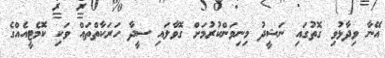
އޭނާ ވިދާޅުވި ގޮތުގައި ނަޝީދު މިނިވަންކުރުމަށް ގޮވާލައި ސީދާ ހަރަކާތްތައް ވަކި ކޮމެޓީއެއްގެ